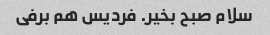
سلام صبح بخیر. فردیس هم برفی